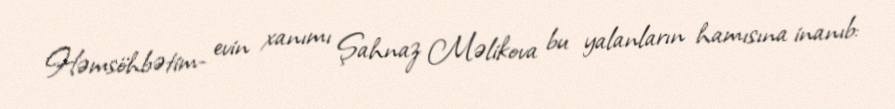
Həmsöhbətim- evin xanımı Şahnaz Məlikova bu yalanların hamısına inanıb: